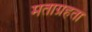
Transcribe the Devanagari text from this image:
मताग्रहता